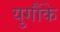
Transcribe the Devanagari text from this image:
युगौंके